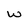
Character: w